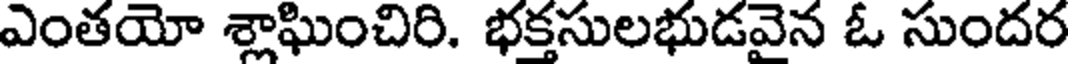
ఎంతయో శ్లాఘించిరి. భక్తసులభుడవైన ఓ సుందర